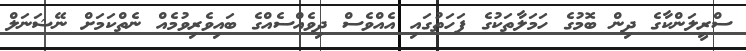
ސްރީލަންކާގެ ދިން ބޮމުގެ ހަމަލާތަކުގެ ފަހަތުގައި އެއްވެސް ދިވެއްސެއްގެ ބައިވެރިވުމެއް ނެތްކަމަށް ނޭޝަނަލް